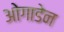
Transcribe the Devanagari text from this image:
ओगाडेन